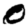
Digit: 0